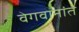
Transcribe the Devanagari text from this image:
वेगवानांत